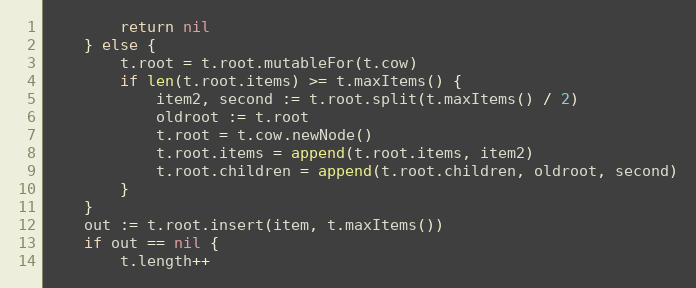
Language: Go
		return nil
	} else {
		t.root = t.root.mutableFor(t.cow)
		if len(t.root.items) >= t.maxItems() {
			item2, second := t.root.split(t.maxItems() / 2)
			oldroot := t.root
			t.root = t.cow.newNode()
			t.root.items = append(t.root.items, item2)
			t.root.children = append(t.root.children, oldroot, second)
		}
	}
	out := t.root.insert(item, t.maxItems())
	if out == nil {
		t.length++